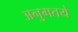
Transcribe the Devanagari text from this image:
अनुमतये